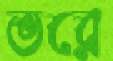
ভরে